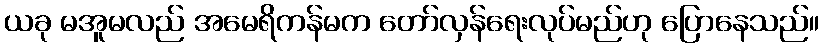
ယခု မအူမလည် အမေရိကန်မက တော်လှန်ရေးလုပ်မည်ဟု ပြောနေသည်။